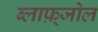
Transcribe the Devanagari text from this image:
ब्लाफ़्जोल